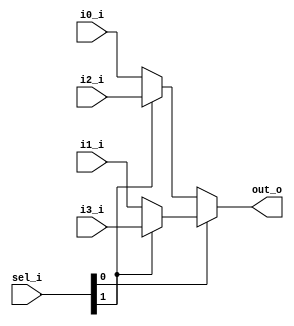
`timescale 1ns / 1ps
//////////////////////////////////////////////////////////////////////////////////
// Company: 
// Engineer: 
// 
// Design Name: 
// Module Name: mux_4_1_8bit_assign
// Project Name: 
// Target Devices: 
// Tool Versions: 
// Description: 
// 
// Dependencies: 
// 
// Revision:
// Revision 0.01 - File Created
// Additional Comments:
// 
//////////////////////////////////////////////////////////////////////////////////


module mux_4_1_8bit_assign
(
input [7:0] i0_i,
input [7:0] i1_i,
input [7:0] i2_i,
input [7:0] i3_i,
input [1:0] sel_i,
output [7:0] out_o
);

assign out_o =  (sel_i[0] == 1'b0) ? 
                (sel_i[1] == 1'b0) ? i0_i : i2_i :
                (sel_i[1] == 1'b0) ? i1_i : i3_i;

//assign out_o =  (sel_i == 2'b00) ? i0_i : 
//                (sel_i == 2'b01) ? i1_i :
//                (sel_i == 2'b10) ? i2_i :
//                                   i3_i;                

endmodule